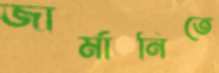
জার্মানিতে